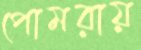
পোমরায়